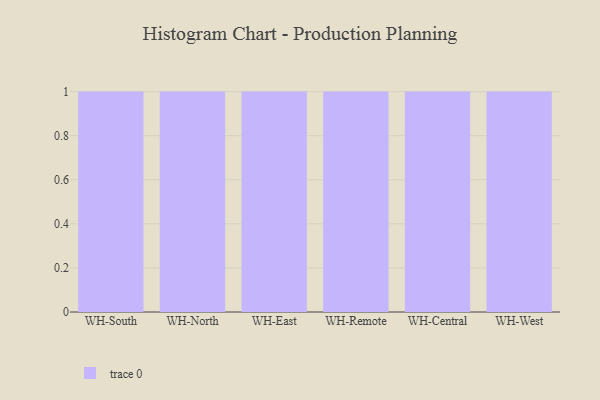
{"axis": {"x": "Warehouse", "y": "Population (Million)"}, "legend": [""], "data": [{"x": "WH-South", "y": 7, "type": ""}, {"x": "WH-North", "y": 41, "type": ""}, {"x": "WH-East", "y": 68, "type": ""}, {"x": "WH-Remote", "y": 50, "type": ""}, {"x": "WH-Central", "y": 3, "type": ""}, {"x": "WH-West", "y": 4, "type": ""}]}